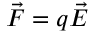
{ \vec { F } } = q { \vec { E } }